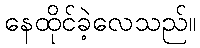
နေထိုင်ခဲ့လေသည်။